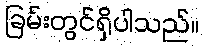
ခြမ်းတွင်ရှိပါသည်။